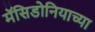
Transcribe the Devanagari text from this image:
मॅसिडोनियाच्या